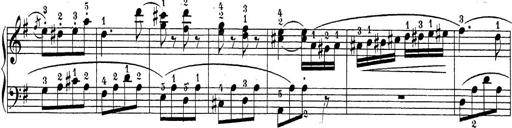
Title: Sonatina Album
Composer: Louis KÃ¶hler